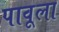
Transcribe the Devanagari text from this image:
पावूला